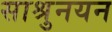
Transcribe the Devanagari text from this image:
साश्रुनयन